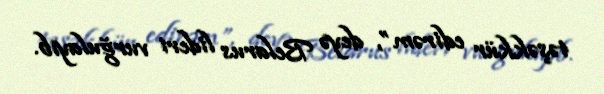
təşəkkür edirəm”, deyə Belarus lideri vurğulayıb.